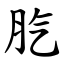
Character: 䏗